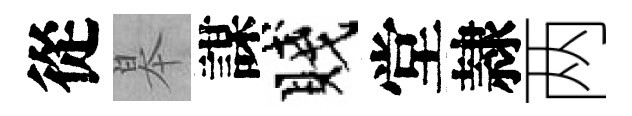
從皋謀賤堂隷两